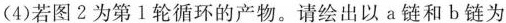
(4)若图2为第1轮循环的产物。请绘出以a链和b链为